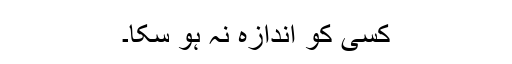
کسی کو اندازہ نہ ہو سکا۔